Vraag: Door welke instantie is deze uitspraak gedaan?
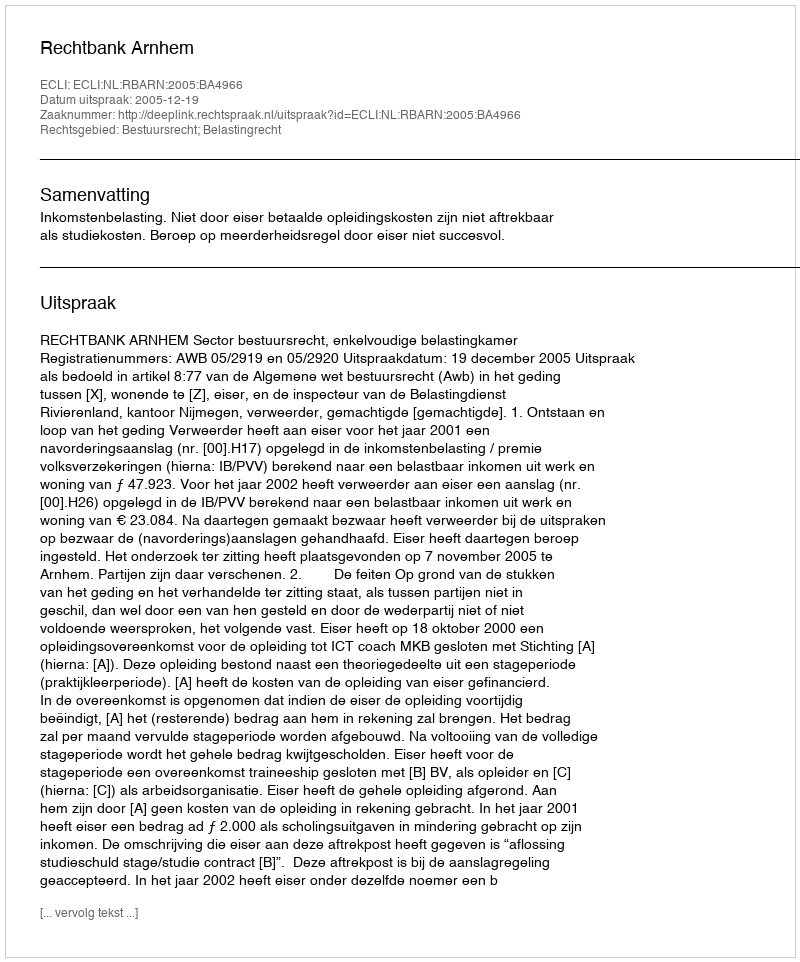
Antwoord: Rechtbank Arnhem